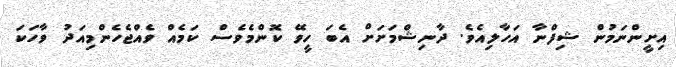
އިށީންނަމުން ޝިފްނާ އަހާލިއެވެ. ދާނިޝްމަށަށް އެބަ ހީވޭ ކޮންމެވެސް ކަމެއް ވެއްޖެހެންމިއަދު ވާހަކަ